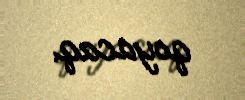
qoyacaq.